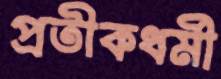
প্রতীকধর্মী